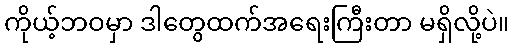
ကိုယ့်ဘဝမှာ ဒါတွေထက်အရေးကြီးတာ မရှိလို့ပဲ။